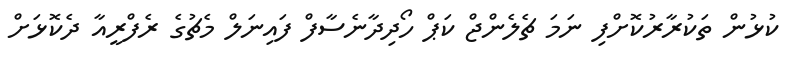
ކުޅުން ތަކުރާރުކޮށްފި ނަމަ ޗެލެންޖް ކަޕް ހޯދިދާނެސާފް ފައިނަލް މެޗުގެ ރެފްރީއާ ދެކޮޅަށް